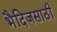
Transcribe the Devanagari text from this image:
भैदिजसाठी